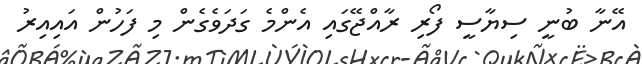
އޭނާ ބުނީ ސިޔާސީ ފޯރި ރާއްޖޭގައި އެންމެ ގަދަވެގެން މި ފަހުން އައިއިރު